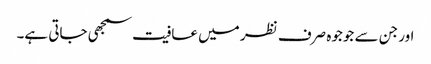
اور جن سے جوجوہ صرف نظر میں عافیت سمجھی جاتی ہے۔